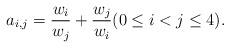
LaTeX: \begin{align*} a_{i,j}=\frac{w_i}{w_j}+\frac{w_j}{w_i} (0\leq i<j\leq 4).\end{align*}